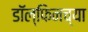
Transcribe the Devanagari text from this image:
डॉल्फिनच्या